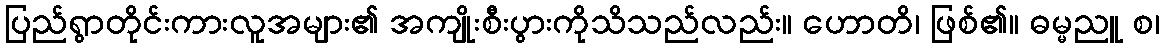
ပြည်ရွာတိုင်းကားလူအများ၏ အကျိုးစီးပွားကိုသိသည်လည်း။ ဟောတိ၊ ဖြစ်၏။ ဓမ္မညူ စ၊